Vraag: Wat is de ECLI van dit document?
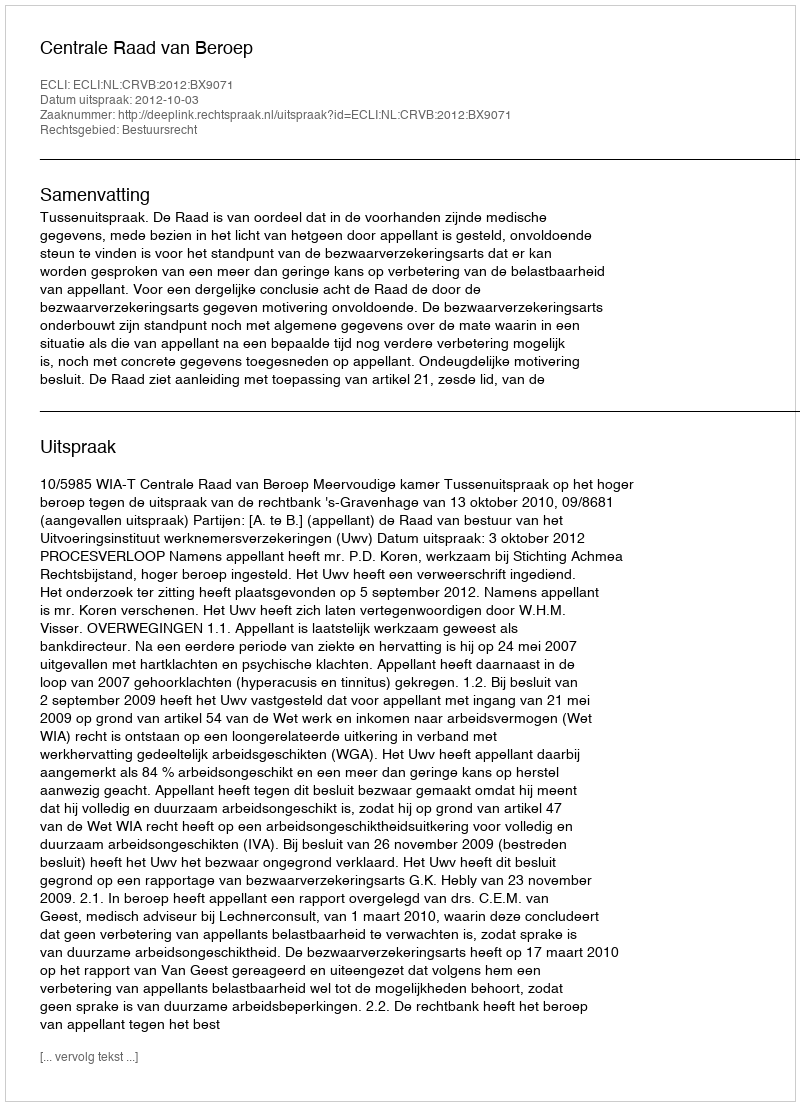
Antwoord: ECLI:NL:CRVB:2012:BX9071